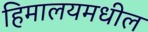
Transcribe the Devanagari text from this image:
हिमालयमधील